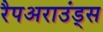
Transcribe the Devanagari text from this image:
रैपअराउंड्स